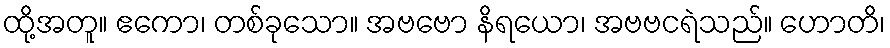
ထို့အတူ။ ဧကော၊ တစ်ခုသော။ အဗဗော နိရယော၊ အဗဗငရဲသည်။ ဟောတိ၊